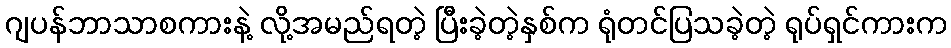
ဂျပန်ဘာသာစကားနဲ့ လို့အမည်ရတဲ့ ပြီးခဲ့တဲ့နှစ်က ရုံတင်ပြသခဲ့တဲ့ ရုပ်ရှင်ကားက